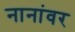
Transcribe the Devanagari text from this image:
नानांवर